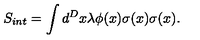
S _ { i n t } = \int d ^ { D } x \lambda \phi ( x ) \sigma ( x ) \sigma ( x ) .